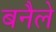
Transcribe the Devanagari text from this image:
बनैले